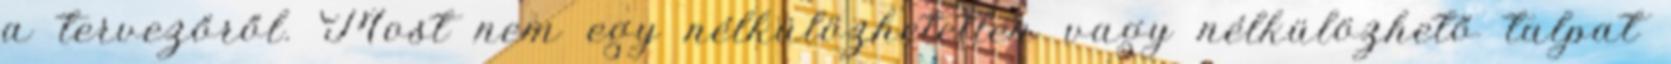
a tervezőről. Most nem egy nélkülözhetetlen vagy nélkülözhető talpat